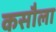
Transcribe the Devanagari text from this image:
कसौला